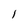
Character: 1